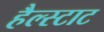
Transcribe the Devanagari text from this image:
हैल्स्टाट